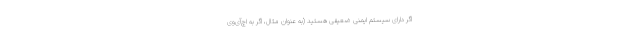
اگر دارای سیستم ایمنی ضعیفی هستید (به عنوان مثال، اگر به اچ‌آی‌وی